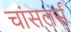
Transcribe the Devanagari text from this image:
चांसलर्स